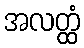
အလတ္ထံ